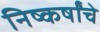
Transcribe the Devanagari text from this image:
निष्कर्षांचे